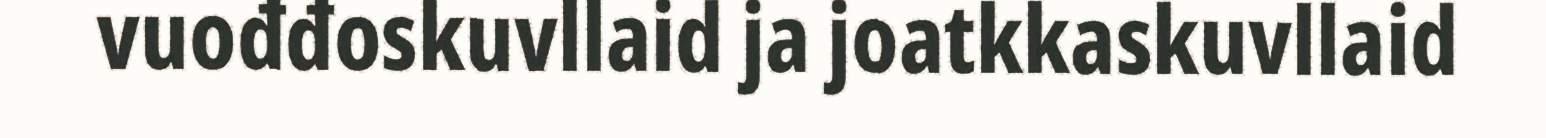
vuođđoskuvllaid ja joatkkaskuvllaid